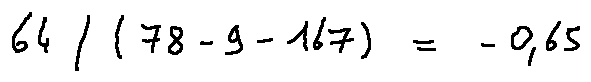
6 4 / ( 7 8 - 9 - 1 6 7 ) = - 0 . 6 5